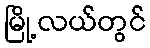
မြို့လယ်တွင်